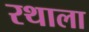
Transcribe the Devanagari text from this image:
रथाला